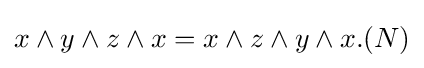
x\wedge y\wedge z\wedge x=x\wedge z\wedge y\wedge x.(N)